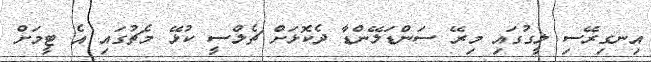
އިނގިރޭސި ލީގުގައި މިރޭ ސަންޑަލޭންޑާ ދެކޮޅަށް ޗެލްސީ ކުޅޭ މެޗުގައި އެ ޓީމަށް